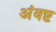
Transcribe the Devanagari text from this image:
अंवष्ट